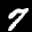
Label: 7